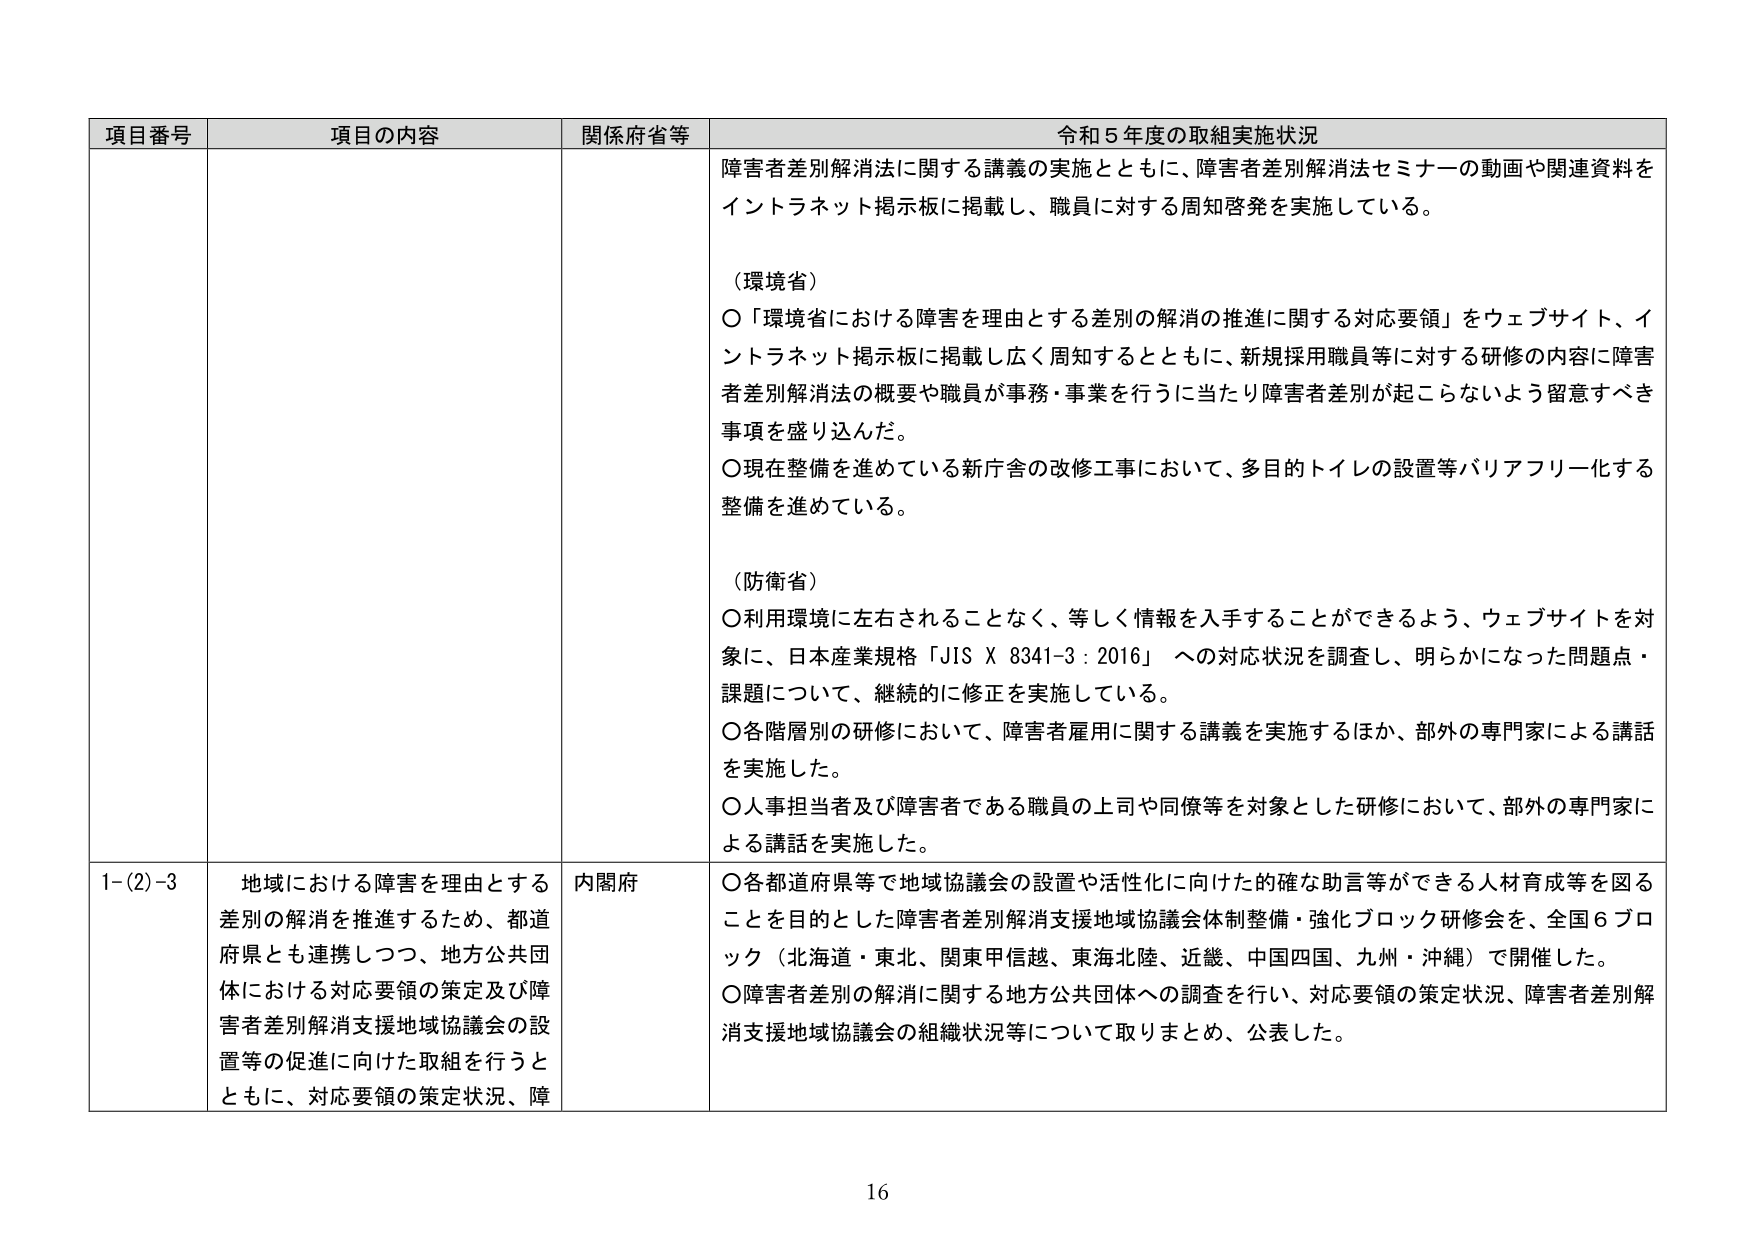
項目番号 項目の内容 関係府省等 令和５年度の取組実施状況
障害者差別解消法に関する講義の実施とともに、障害者差別解消法セミナーの動画や関連資料を
イントラネット掲示板に掲載し、職員に対する周知啓発を実施している。
（環境省）
〇「環境省における障害を理由とする差別の解消の推進に関する対応要領」をウェブサイト、イ
ントラネット掲示板に掲載し広く周知するとともに、新規採用職員等に対する研修の内容に障害
者差別解消法の概要や職員が事務・事業を行うに当たり障害者差別が起こらないよう留意すべき
事項を盛り込んだ。
〇現在整備を進めている新庁舎の改修工事において、多目的トイレの設置等バリアフリー化する
整備を進めている。
（防衛省）
〇利用環境に左右されることなく、等しく情報を入手することができるよう、ウェブサイトを対
象に、日本産業規格「JIS X 8341-3 : 2016」への対応状況を調査し、明らかになった問題点・
課題について、継続的に修正を実施している。
〇各階層別の研修において、障害者雇用に関する講義を実施するほか、部外の専門家による講話
を実施した。
〇人事担当者及び障害者である職員の上司や同僚等を対象とした研修において、部外の専門家に
よる講話を実施した。
1-(2)-3 地域における障害を理由とする 内閣府 〇各都道府県等で地域協議会の設置や活性化に向けた的確な助言等ができる人材育成等を図る
差別の解消を推進するため、都道 ことを目的とした障害者差別解消支援地域協議会体制整備・強化ブロック研修会を、全国６ブロ
府県とも連携しつつ、地方公共団 ック（北海道・東北、関東甲信越、東海北陸、近畿、中国四国、九州・沖縄）で開催した。
体における対応要領の策定及び障 〇障害者差別の解消に関する地方公共団体への調査を行い、対応要領の策定状況、障害者差別解
害者差別解消支援地域協議会の設 消支援地域協議会の組織状況等について取りまとめ、公表した。
置等の促進に向けた取組を行うと
ともに、対応要領の策定状況、障
16